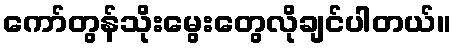
ကော်တွန်သိုးမွေးတွေလိုချင်ပါတယ်။